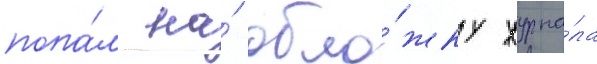
попа́л на́ обло́жку журна́ла